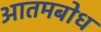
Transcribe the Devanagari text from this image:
आतमबोध